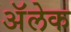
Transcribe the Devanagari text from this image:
अॅलेक